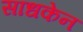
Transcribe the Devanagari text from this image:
साधकेन